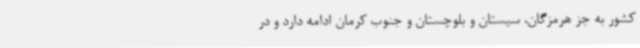
کشور به جز هرمزگان، سیستان و بلوچستان و جنوب کرمان ادامه دارد و در